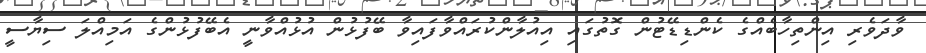
ވާދަވެރި އިންތިހާބެއްގެ ކެންޑިޑޭޓުން ގޮތުގައި އިއުލާންކުރައްވާފައިވާ ބޭފުޅުން އުޅުއްވާނީ އެބޭފުޅުންގެ އަމިއްލަ ސިޔާސީ